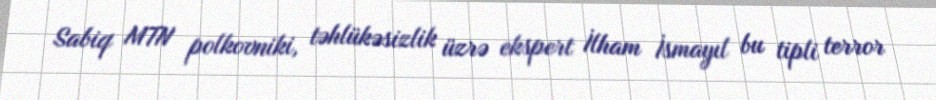
Sabiq MTN polkovniki, təhlükəsizlik üzrə ekspert İlham İsmayıl bu tipli terror